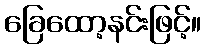
ခြေထော့နင်းဖြင့်။